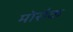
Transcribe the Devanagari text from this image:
मोसैक